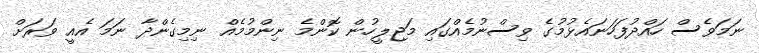
ނަމަވެސް ހައްދުފަހަނައެޅުމުގެ ވިސްނުމެއްގައި މަޖިލީހުން ކޮންމެ ނިންމުމެއް ނިމިގެންދާ ނަމަ އެއީ ވަރަށް